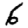
Digit: 6